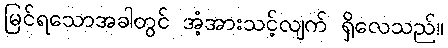
မြင်ရသောအခါတွင် အံ့အားသင့်လျက် ရှိလေသည်။